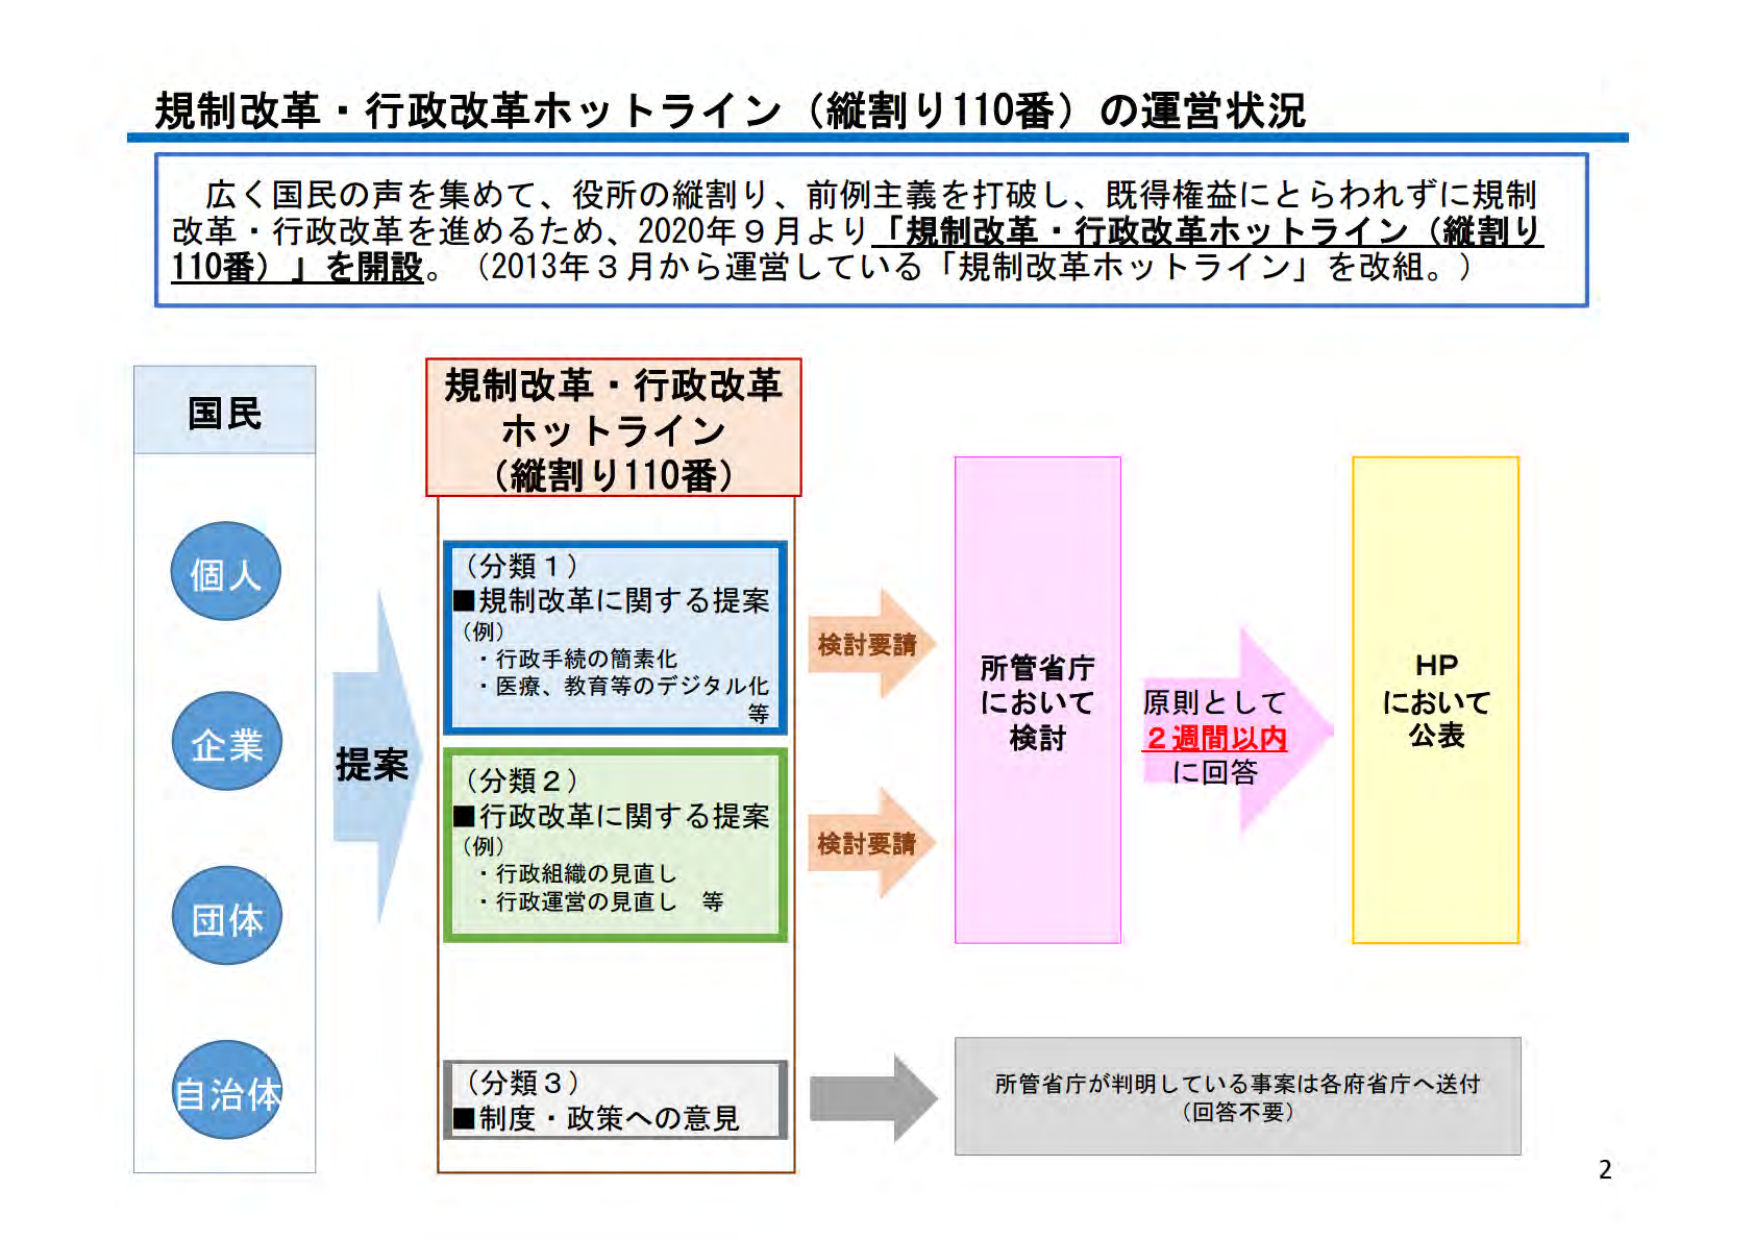
規制改革・行政改革ホットライン（縦割り110番）の運営状況

広く国民の声を集めて、役所の縦割り、前例主義を打破し、既得権益にとらわれずに規制改革・行政改革を進めるため、2020年9月より「規制改革・行政改革ホットライン（縦割り110番）」を開設。（2013年3月から運営している「規制改革ホットライン」を改組。）

国民
個人
企業
団体
自治体

提案

規制改革・行政改革
ホットライン
（縦割り110番）

（分類1）
■規制改革に関する提案
（例）
・行政手続の簡素化
・医療、教育等のデジタル化
等

（分類2）
■行政改革に関する提案
（例）
・行政組織の見直し
・行政運営の見直し
等

（分類3）
■制度・政策への意見

検討要請
検討要請

所管省庁
において
検討

原則として
2週間以内
に回答

HP
において
公表

所管省庁が判明している事案は各府省庁へ送付
（回答不要）

2